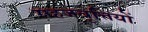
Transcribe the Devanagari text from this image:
सहजवृत्तियों